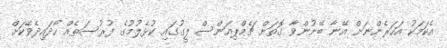
އެކަމަކު އަހަރެންނަށް އޭނާ ބޭނުންވާ ގޮތަށް ޗެމްޕިއަންސް ލީގުގައި ކުޅެލުމުގެ ފުރުސަތެއް ހޯދައިދެވޭކަށް